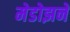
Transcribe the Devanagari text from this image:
मेडोझने